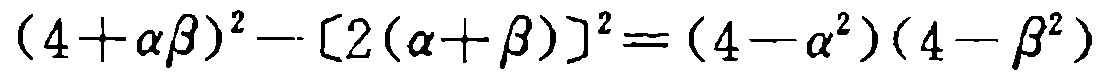
\((4 + \alpha\beta)^2 - [2(\alpha + \beta)]^2 = (4 - \alpha^2)(4 - \beta^2)\)